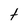
Character: t